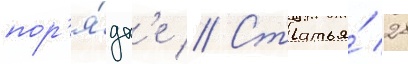
пор'я́дк'е // Статья́ 28